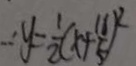
\therefore y = \frac { 1 } { 2 } ( x + \frac { 1 8 } { 5 } ) ^ { 2 }